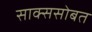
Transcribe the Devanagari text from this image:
साक्ससोबत